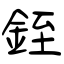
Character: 銍